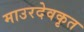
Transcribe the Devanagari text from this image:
माउरदेवकृत